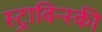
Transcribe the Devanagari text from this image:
स्ट्राविन्स्की